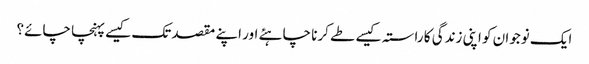
ایک نوجوان کو اپنی زندگی کا راستہ کیسے طے کرنا چاہئے اور اپنے مقصد تک کیسے پہنچا چائے؟